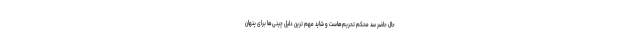
حال حاضر سد محکم تحریم‌هاست و شاید مهم ترین دلیل چینی‌ها برای پنهان